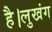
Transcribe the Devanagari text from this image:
है।लुखंग